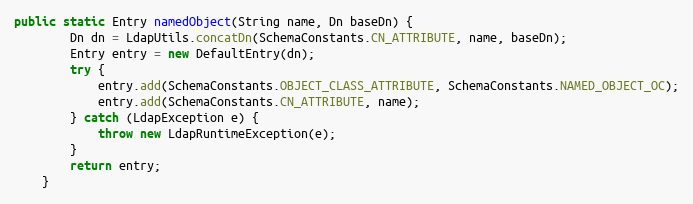
Language: Java
public static Entry namedObject(String name, Dn baseDn) {
        Dn dn = LdapUtils.concatDn(SchemaConstants.CN_ATTRIBUTE, name, baseDn);
        Entry entry = new DefaultEntry(dn);
        try {
            entry.add(SchemaConstants.OBJECT_CLASS_ATTRIBUTE, SchemaConstants.NAMED_OBJECT_OC);
            entry.add(SchemaConstants.CN_ATTRIBUTE, name);
        } catch (LdapException e) {
            throw new LdapRuntimeException(e);
        }
        return entry;
    }